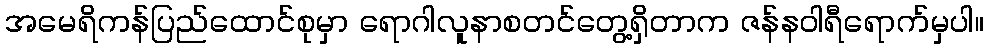
အမေရိကန်ပြည်ထောင်စုမှာ ရောဂါလူနာစတင်တွေ့ရှိတာက ဇန်နဝါရီရောက်မှပါ။